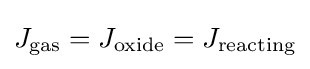
J_{\text{gas}}=J_{\text{oxide}}=J_{\text{reacting}}